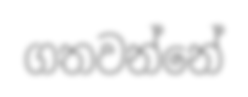
ගතවන්නේ